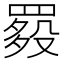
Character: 𦋲